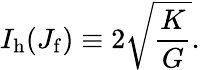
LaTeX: I_{\mathrm{h}}(J_{\mathrm{f}})\equiv 2\sqrt{\frac{K}{G}}.